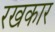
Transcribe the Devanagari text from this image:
रखकार